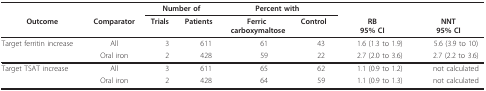
<table><thead><tr><td></td><td></td><td colspan="2"><b> Number of</b></td><td colspan="2"><b> Percent with</b></td><td></td><td></td></tr><tr><td><b>Outcome</b></td><td><b>Comparator</b></td><td><b> Trials</b></td><td><b> Patients</b></td><td><b> Ferric carboxymaltose</b></td><td><b> Control</b></td><td><b> RB95% CI</b></td><td><b> NNT95% CI</b></td></tr></thead><tbody><tr><td>Target ferritin increase</td><td>All</td><td> 3</td><td> 611</td><td> 61</td><td> 43</td><td> 1.6 (1.3 to 1.9)</td><td> 5.6 (3.9 to 10)</td></tr><tr><td></td><td>Oral iron</td><td> 2</td><td> 428</td><td> 59</td><td> 22</td><td> 2.7 (2.0 to 3.6)</td><td> 2.7 (2.2 to 3.6)</td></tr><tr><td>Target TSAT increase</td><td>All</td><td> 3</td><td> 611</td><td> 65</td><td> 62</td><td> 1.1 (0.9 to 1.2)</td><td> not calculated</td></tr><tr><td></td><td>Oral iron</td><td> 2</td><td> 428</td><td> 64</td><td> 59</td><td> 1.1 (0.9 to 1.3)</td><td> not calculated</td></tr></tbody></table>